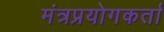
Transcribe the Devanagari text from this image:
मंत्रप्रयोगकर्ता